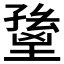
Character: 𡏸